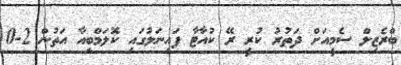
ބްރެޒިލް ސެމީއަށް ދަތުރު ކުރީ ރޭ ކުއާޓާ ފައިނަލުގައި ކޮލަމްބިއާ އަތުން 2-0